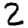
Digit: 2